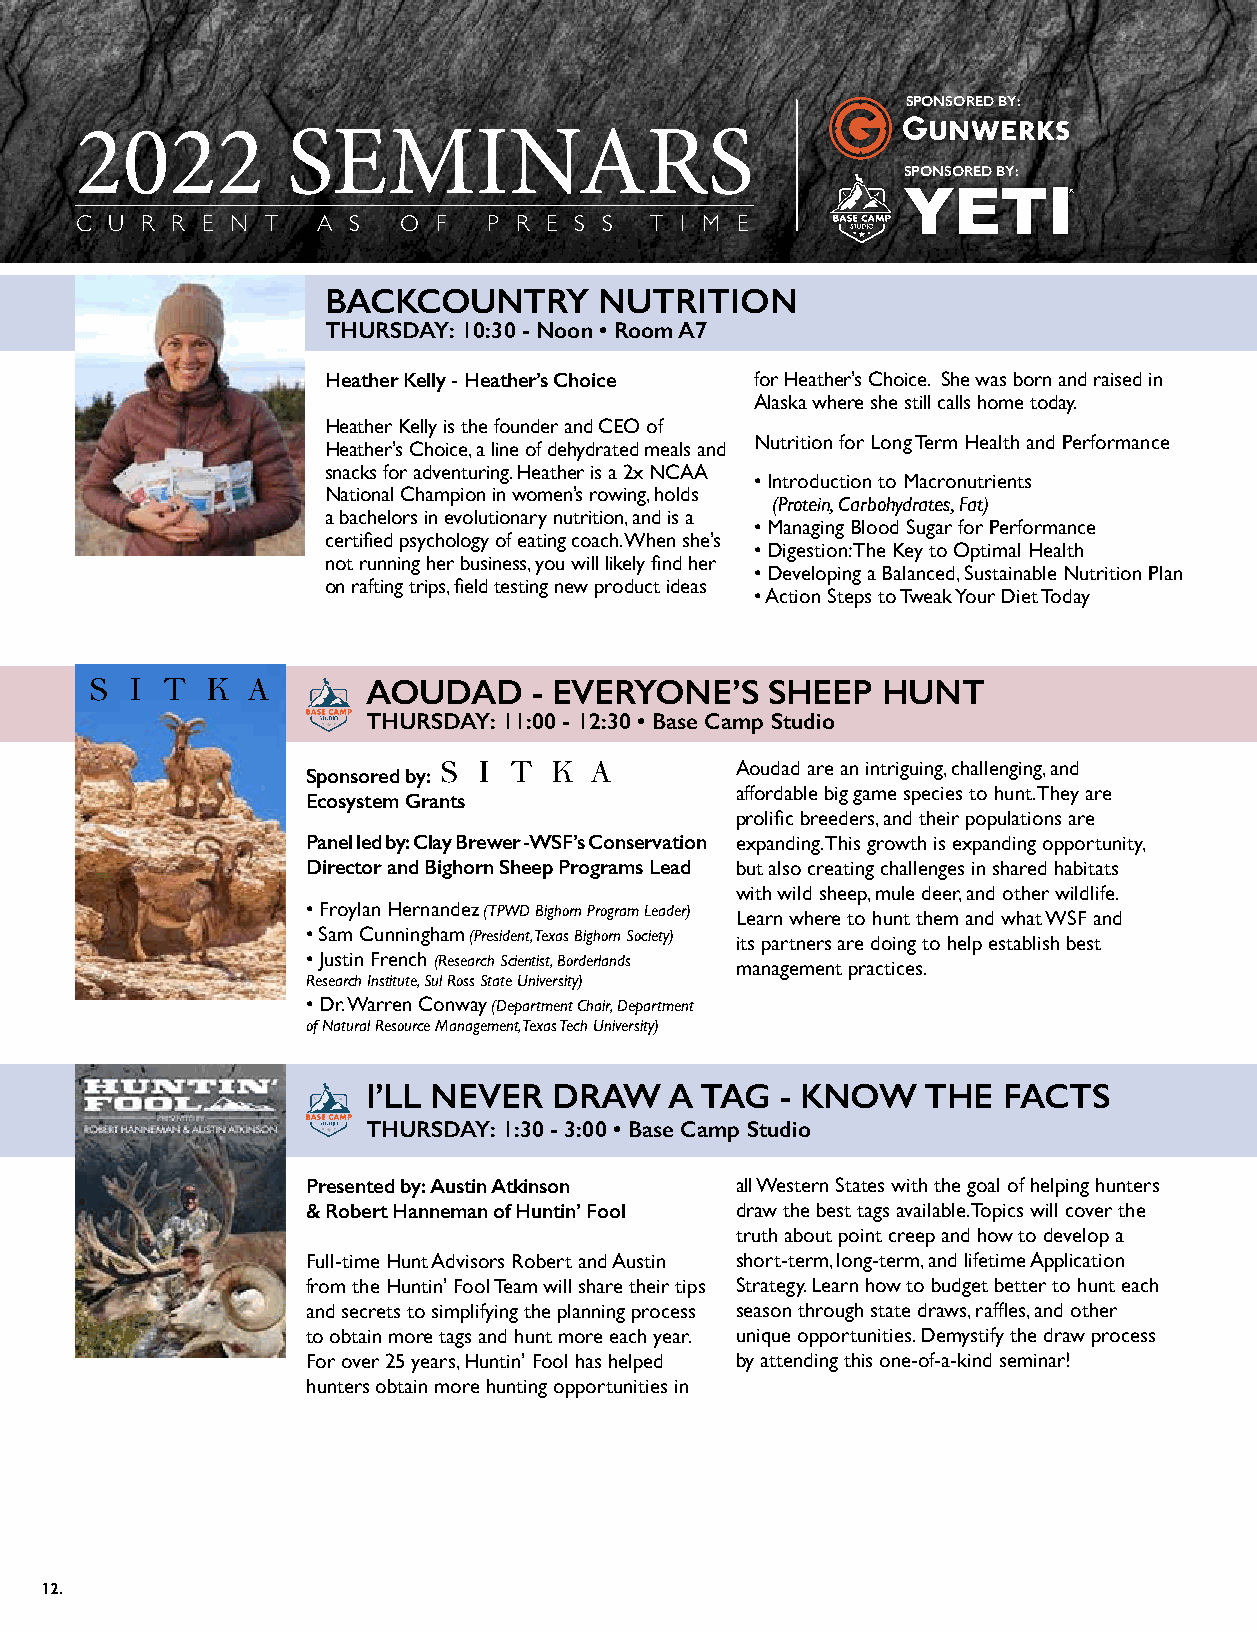
SPONSORED BY:
 2022          SEMINARS
 SPONSORED BY:
 C U R R E N  T  A S  O  F  P R E S S  T I M E
 BACKCOUNTRY       NUTRITION
 THURSDAY: 10:30 - Noon • Room A7
 Heather Kelly - Heather’s Choice for Heather’s Choice. She was born and raised in
 Alaska where she still calls home today.
 Heather Kelly is the founder and CEO of
 Nutrition for Long Term Health and Performance
 Heather’s Choice, a line of dehydrated meals and
 snacks for adventuring. Heather is a 2x NCAA
 • Introduction to Macronutrients
 National Champion in women’s rowing, holds
 (Protein, Carbohydrates, Fat)
 a bachelors in evolutionary nutrition, and is a
 • Managing Blood Sugar for Performance
 certified psychology of eating coach. When she’s
 • Digestion: The Key to Optimal Health
 not running her business, you will likely find her
 • Developing a Balanced, Sustainable Nutrition Plan
 on rafting trips, field testing new product ideas
 • Action Steps to Tweak Your Diet Today
 AOUDAD     - EVERYONE’S    SHEEP  HUNT
 THURSDAY: 11:00 - 12:30 • Base Camp Studio
 Aoudad are an intriguing, challenging, and
 Sponsored by:
 affordable big game species to hunt. They are
 Ecosystem Grants
 prolific breeders, and their populations are
 Panel led by: Clay Brewer - WSF’s Conservation expanding. This growth is expanding opportunity,
 Director and Bighorn Sheep Programs Lead but also creating challenges in shared habitats
 with wild sheep, mule deer, and other wildlife.
 • Froylan Hernandez (TPWD Bighorn Program Leader) Learn where to hunt them and what WSF and
 • Sam Cunningham (President, Texas Bighorn Society) its partners are doing to help establish best
 • Justin French (Research Scientist, Borderlands management practices.
 Research Institute, Sul Ross State University)
 • Dr. Warren Conway (Department Chair, Department
 of Natural Resource Management, Texas Tech University)
 I’LL NEVER   DRAW   A TAG   - KNOW   THE  FACTS
 THURSDAY: 1:30 - 3:00 • Base Camp Studio
 Presented by: Austin Atkinson all Western States with the goal of helping hunters
 & Robert Hanneman of Huntin’ Fool draw the best tags available. Topics will cover the
 truth about point creep and how to develop a
 Full-time Hunt Advisors Robert and Austin short-term, long-term, and lifetime Application
 from the Huntin’ Fool Team will share their tips Strategy. Learn how to budget better to hunt each
 and secrets to simplifying the planning process season through state draws, raffles, and other
 to obtain more tags and hunt more each year. unique opportunities. Demystify the draw process
 For over 25 years, Huntin’ Fool has helped by attending this one-of-a-kind seminar!
 hunters obtain more hunting opportunities in
 12.